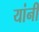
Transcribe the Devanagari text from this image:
यांनी